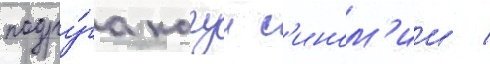
подру́га кагуи с'ином'ии /